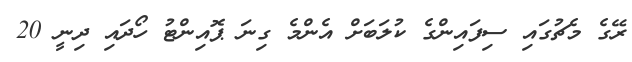
ރޭގެ މެޗުގައި ސިފައިންގެ ކުލަބަށް އެންމެ ގިނަ ޕޮއިންޓު ހޯދައި ދިނީ 20